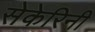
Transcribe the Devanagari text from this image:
सेकेरिनी